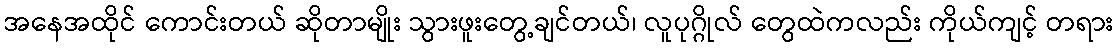
အနေအထိုင် ကောင်းတယ် ဆိုတာမျိုး သွားဖူးတွေ့ချင်တယ်၊ လူပုဂ္ဂိုလ် တွေထဲကလည်း ကိုယ်ကျင့် တရား